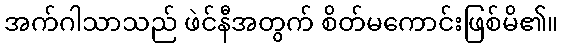
အက်ဂါသာသည် ဖဲင်နီအတွက် စိတ်မကောင်းဖြစ်မိ၏။